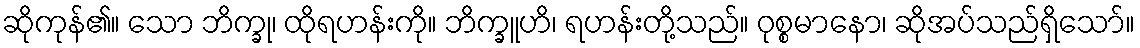
ဆိုကုန်၏။ သော ဘိက္ခု၊ ထိုရဟန်းကို။ ဘိက္ခူဟိ၊ ရဟန်းတို့သည်။ ဝုစ္စမာနော၊ ဆိုအပ်သည်ရှိသော်။